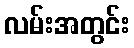
လမ်းအတွင်း